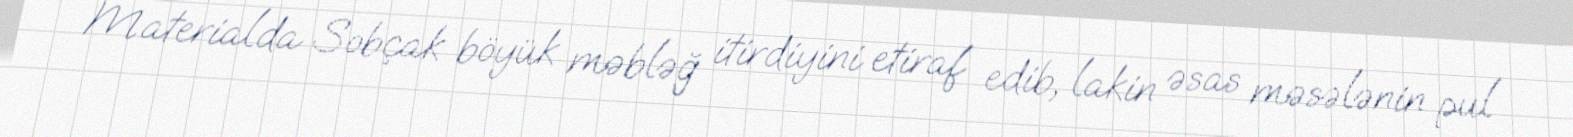
Materialda Sobçak böyük məbləğ itirdiyini etiraf edib, lakin əsas məsələnin pul